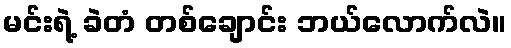
မင်းရဲ့ ခဲတံ တစ်ချောင်း ဘယ်လောက်လဲ။